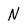
Character: N